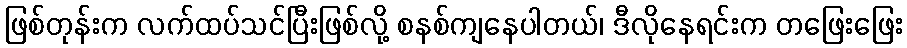
ဖြစ်တုန်းက လက်ထပ်သင်ပြီးဖြစ်လို့ စနစ်ကျနေပါတယ်၊ ဒီလိုနေရင်းက တဖြေးဖြေး